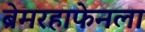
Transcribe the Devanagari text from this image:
ब्रेमरहाफेनला